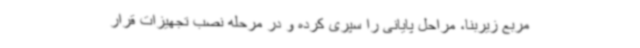
مربع زیربنا، مراحل پایانی را سپری کرده و در مرحله نصب تجهیزات قرار